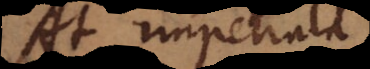
At impetrata